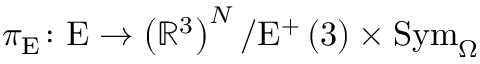
\pi _ { \mathrm { E } } \colon \mathrm { E } \rightarrow \left( \mathbb { R } ^ { 3 } \right) ^ { N } / \mathrm { E } ^ { + } \left( 3 \right) \times \mathrm { S y m } _ { \Omega }